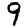
Digit: 9